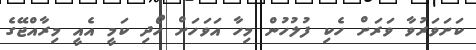
ކަށަވަރުވާ ވަރަށް ހެކި ފުލުހުން މިހާ އަވަހަށް ހޯދި ކަމީ އެއީ މިރާއްޖޭގެ